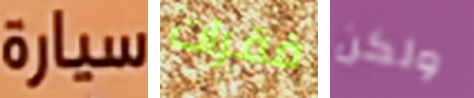
سيارة فقرات ولكن